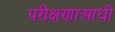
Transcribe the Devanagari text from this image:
परीक्षणाआधी